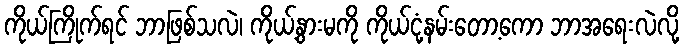
ကိုယ်ကြိုက်ရင် ဘာဖြစ်သလဲ၊ ကိုယ့်နွားမကို ကိုယ်ငုံ့နမ်းတော့ကော ဘာအရေးလဲလို့